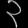
Digit: ၃